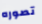
تصوره